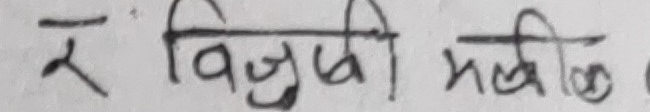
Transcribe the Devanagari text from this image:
र विद्युती मलिला